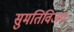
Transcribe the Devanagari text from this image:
सुमतिविजय